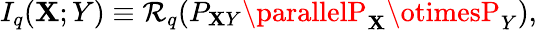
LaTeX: I_{q}(\mathbf{X};Y)\equiv\mathcal{{R}}_{q}(P_{\mathbf{X}Y}\parallelP_{\mathbf{X}}\otimesP_{Y}),